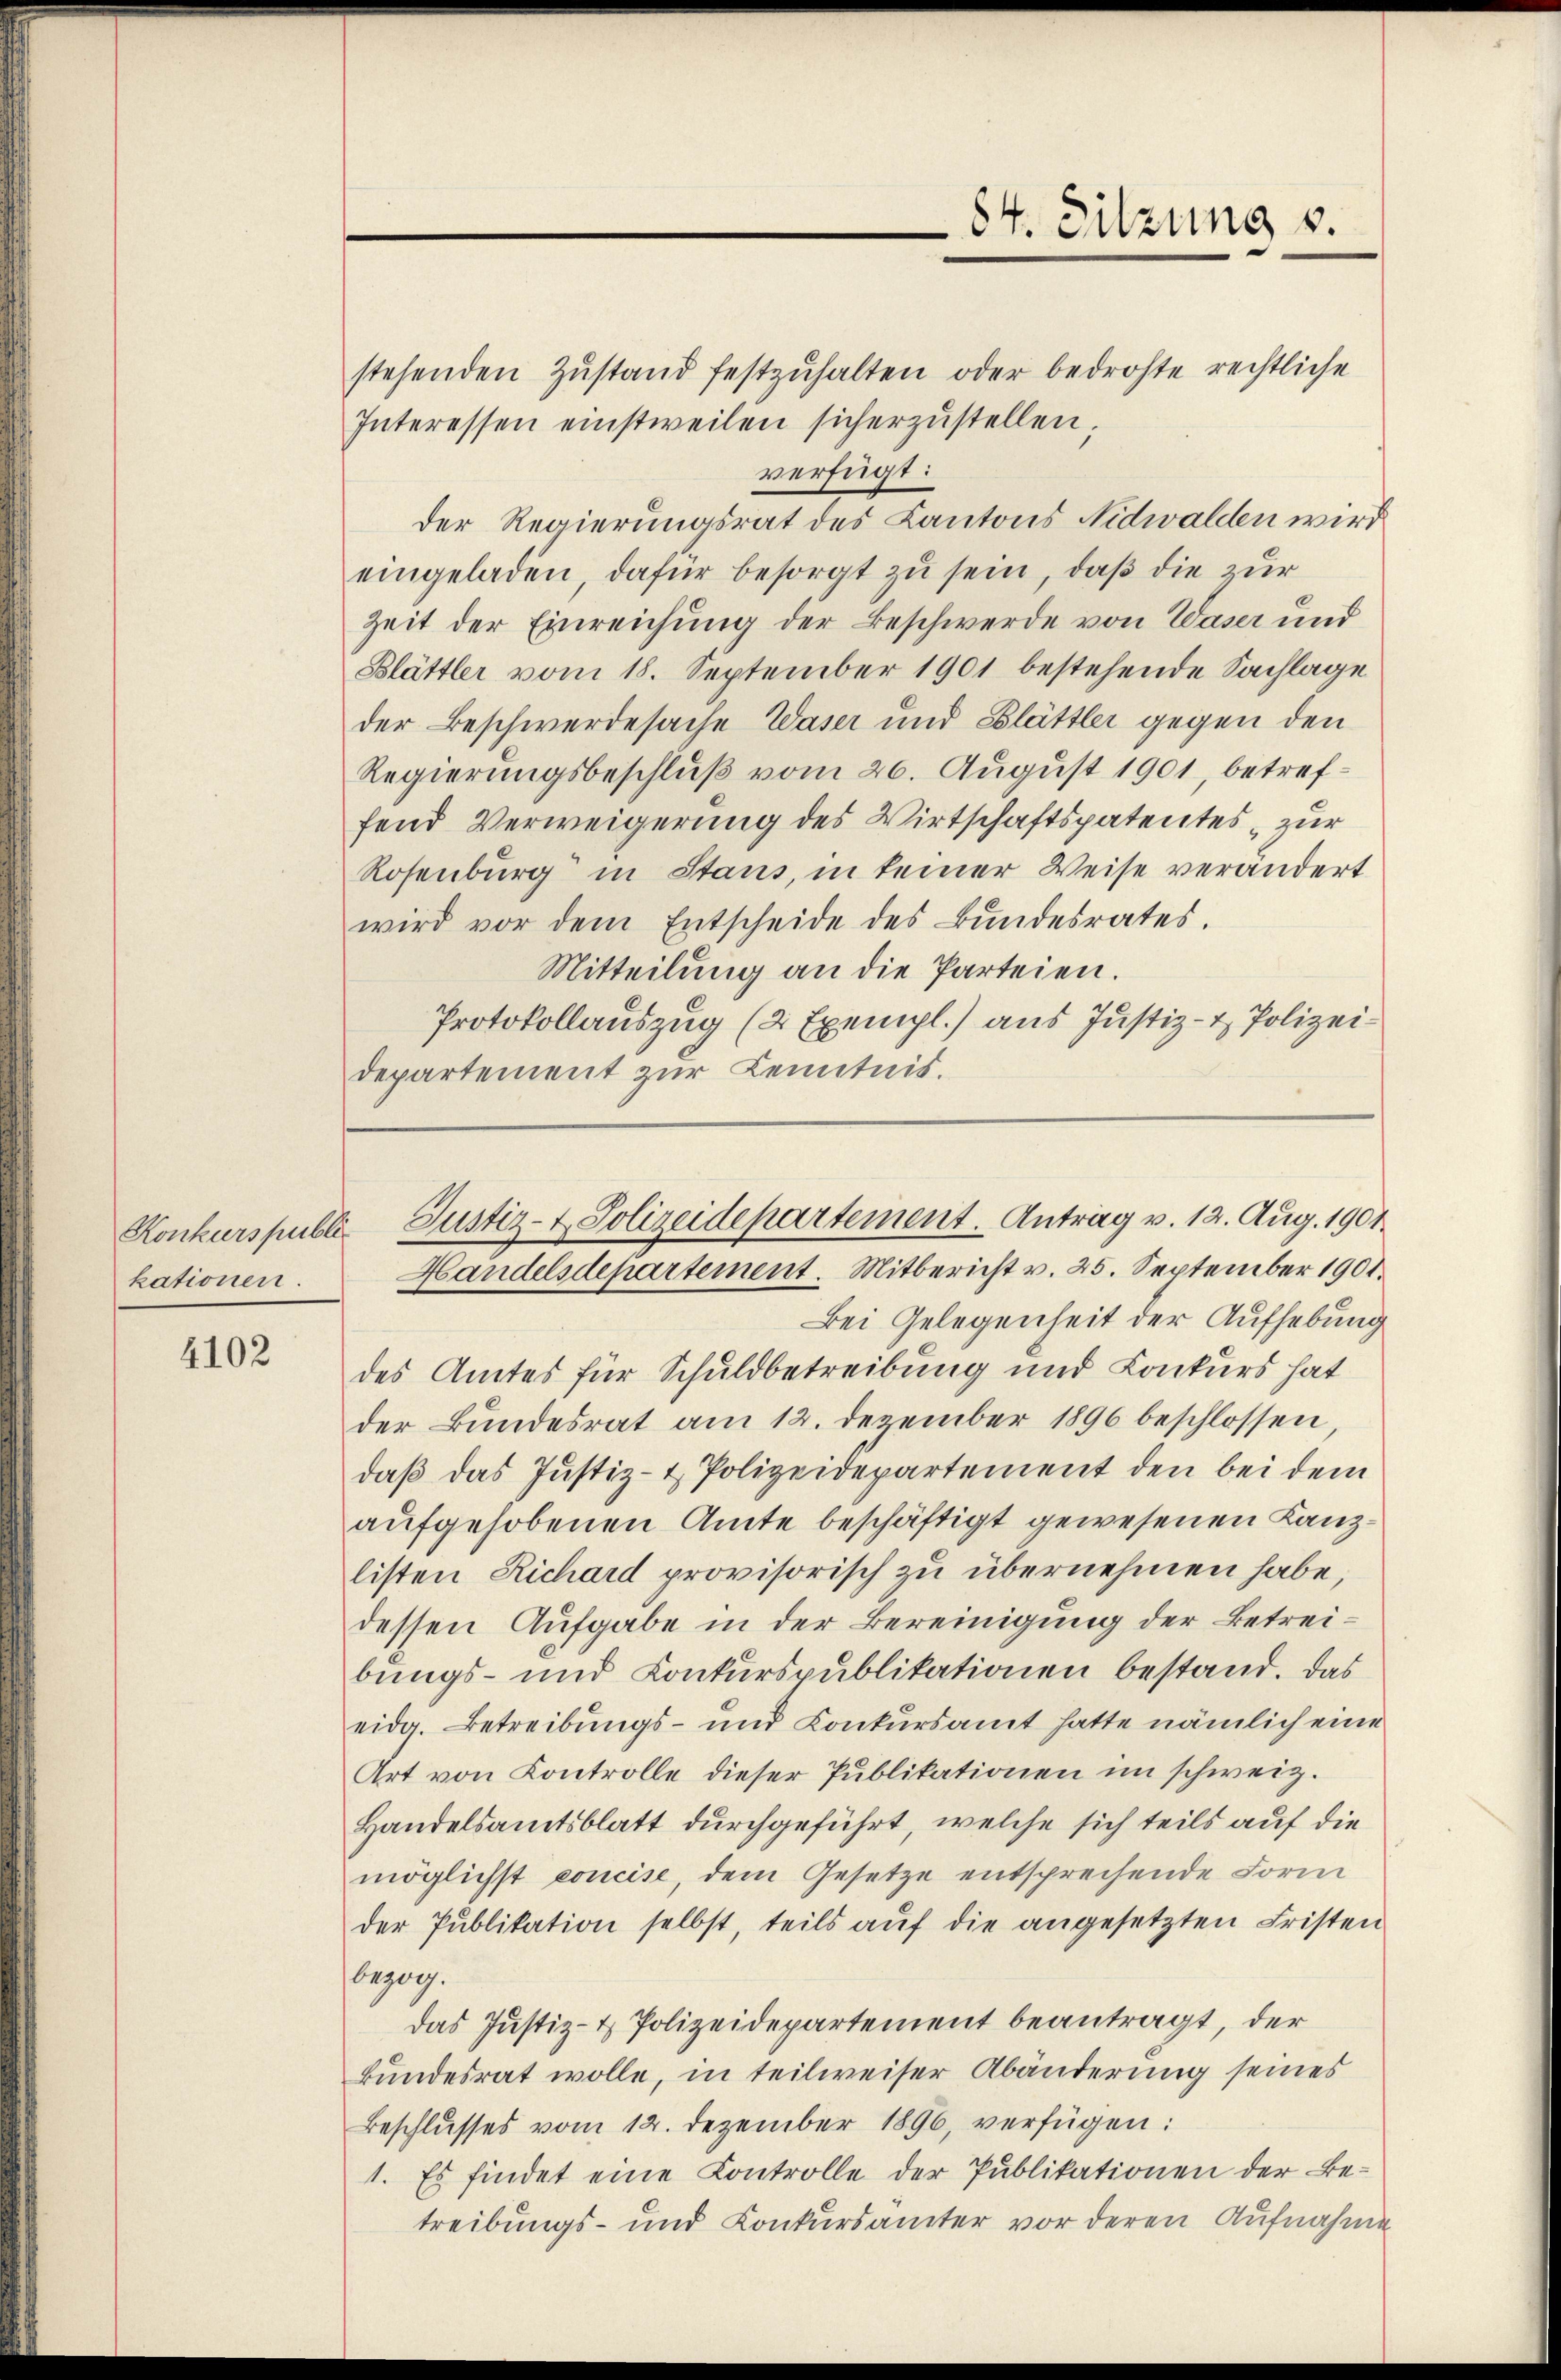
Konkurs publi
kationen.

4102

stehenden Zŭstand festzŭhalten oder bedrohte rechtliche
Interessen einstweilen sicherzŭstellen,
verfügt:
der Regierungsrat des Kantons Nidwalden wird
eingeladen, dafür besorgt zu sein, daß die zur
Zeit der Einreichung der Beschwerde von Waser und
Blättler vom 18. September 1901 bestehende Sachlage
der Beschwerdesache Waser und Blättler gegen den
Regierungsbeschluß vom 26. August 1901, betreffend Verweigerung des Wirtschaftspatentes zur
Rosenburg in Stans, in keiner Weise verändert
wird vor dem Entscheide des Bŭndesrates.
Mitteilung an die Parteien.
Protokollauszug (2 Exempl.) aus Justiz- & Polizeidepartement zur Kenntnis.

84. Sitzung v.

Bei Gelegenheit der Aufhebung
des Amtes für Schuldbetreibung und Conkurs hat
der Bundesrat am 12. Dezember 1896 beschlossen
daβ das Justiz- & Polizeidepartement den bei dem
aufgehobenen Amte beschäftigt gewesenen Kanzlisten Richard provisorisch zu übernehmen habe,
dessen Aufgabe in der Bereinigung der Betreibungs- und Conkurspublikationen bestand. Das
eidg. Betreibungs- und Conkursamt hatte nämlich eine
Art von Kontrolle dieser Publikationen im schweiz.
Handelsamtsblatt durchgeführt, welche sich teils auf die
möglichst concise, dem Gesetze entsprechende Form
der Publikation selbst, teils aŭf die angesetzten Fristen
bezog.
das Justiz- & Polizeidepartement beantragt, der
bundesrat wolle, in teilweiser Abänderung seines
Beschlŭsses vom 12. Dezember 1896, verfügen:
1. Es findet eine Controlle der Publikationen der Be-
treibungs- und Conkursämter vor deren Aufnahmen

Justiz- & Polizeidepartement. Antrag v. 12. Aug. 1901.
Handelsdepartement. Mitbericht v. 25. September 1901.